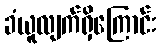
ခံယူလျက်ရှိကြောင်း